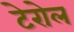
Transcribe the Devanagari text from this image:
टेरोल